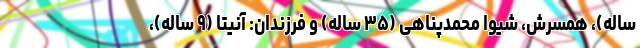
ساله)، همسرش، شیوا محمدپناهی (۳۵ ساله) و فرزندان: آنیتا (۹ ساله)،